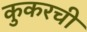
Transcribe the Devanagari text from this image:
कुकरची